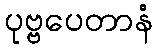
ပုဗ္ဗပေတာနံ